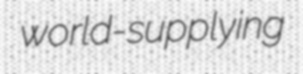
world-supplying